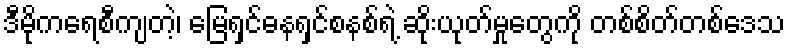
ဒီမိုကရေစီကျတဲ့၊ မြေရှင်ဓနရှင်စနစ်ရဲ့ ဆိုးယုတ်မှုတွေကို တစ်စိတ်တစ်ဒေသ